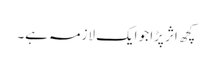
کچھ اثر پڑا جو ایک لازمہ ہے۔